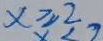
x \geq 2